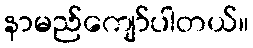
နာမည်ကျော်ပါတယ်။